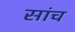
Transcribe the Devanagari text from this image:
सांच